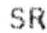
SR